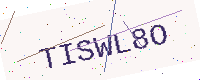
Text: TISWL8O